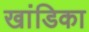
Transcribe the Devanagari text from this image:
खांडिका